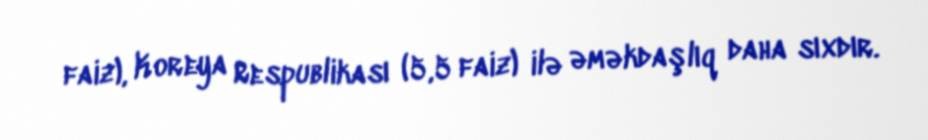
faiz), Koreya Respublikası (5,5 faiz) ilə əməkdaşlıq daha sıxdır.